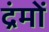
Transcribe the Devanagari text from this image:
द्रंमों